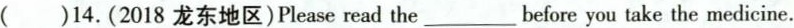
()14.(2018龙东地区)Please read the ___ before you take the medicine.